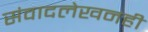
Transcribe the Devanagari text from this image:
संवादलेखनही